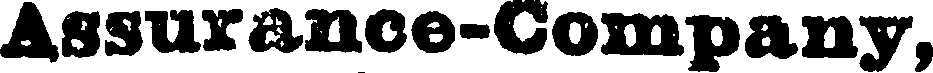
Assurance-Company,